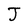
Character: J